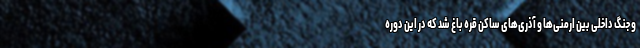
و جنگ داخلی بین ارمنی‌ها و آذری‌های ساکن قره باغ شد که در این دوره